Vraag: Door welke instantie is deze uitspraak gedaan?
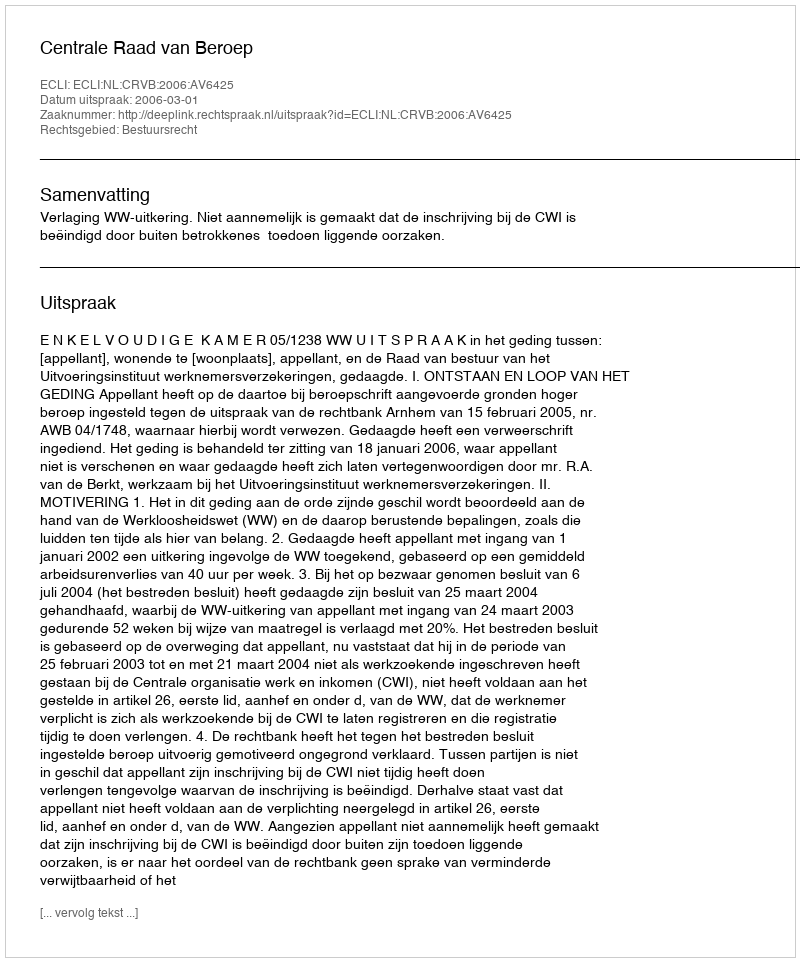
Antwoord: Centrale Raad van Beroep